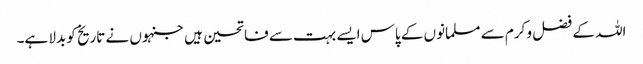
اللہ کے فضل و کرم سے مسلمانوں کے پاس ایسے بہت سے فاتحین ہیں جنہوں نے تاریخ کو بدلا ہے۔